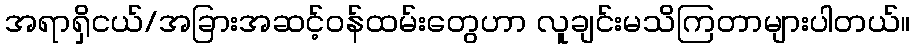
အရာရှိငယ်/အခြားအဆင့်ဝန်ထမ်းတွေဟာ လူချင်းမသိကြတာများပါတယ်။